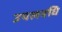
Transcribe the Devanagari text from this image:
उपलबधि